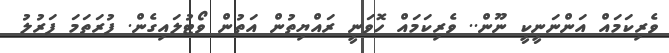
ވެރިކަމައް އަންނަނީކީ ނޫން.. ވެރިކަމައް ހޮވަނީ ރައްޔިތުން އަތުން ވޯޓުލައިގެން. ފުރަތަމަ ފަރުލު